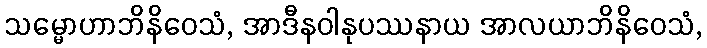
သမ္မောဟာဘိနိဝေသံ, အာဒီနဝါနုပဿနာယ အာလယာဘိနိဝေသံ,